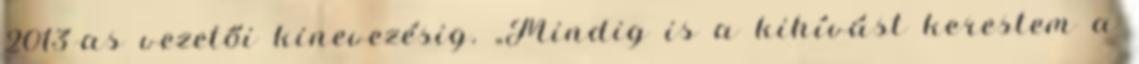
2013-as vezetői kinevezésig. „Mindig is a kihívást kerestem a